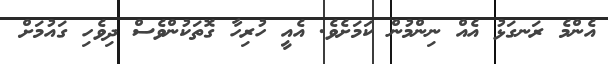
އެންމެ ރަނގަޅު އެއް ނިންމުން ކަމަށެވެ. އެއީ ހުރިހާ ގޮތަކުންވެސް ދިވެހި ގައުމަށް